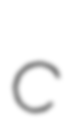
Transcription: c